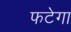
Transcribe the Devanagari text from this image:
फटेगा